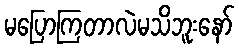
မပြောကြတာလဲမသိဘူးနော်